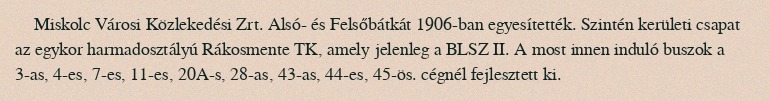
Miskolc Városi Közlekedési Zrt. Alsó- és Felsőbátkát 1906-ban egyesítették. Szintén kerületi csapat az egykor harmadosztályú Rákosmente TK, amely jelenleg a BLSZ II. A most innen induló buszok a 3-as, 4-es, 7-es, 11-es, 20A-s, 28-as, 43-as, 44-es, 45-ös. cégnél fejlesztett ki.